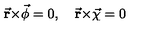
{ \bf \vec { r } } { \bf \times } \vec { \bf \phi } = 0 , \quad { \bf \vec { r } } { \bf \times } \vec { \bf \chi } = 0